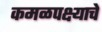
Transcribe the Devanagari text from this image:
कमळपक्ष्याचे